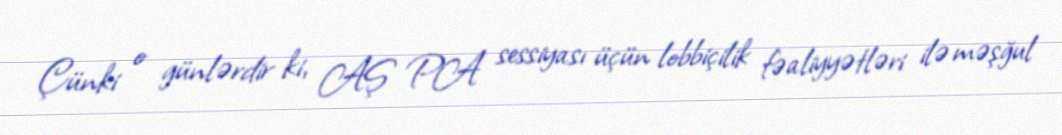
Çünki o günlərdir ki, AŞ PA sessiyası üçün lobbiçilik fəaliyyətləri ilə məşğul